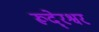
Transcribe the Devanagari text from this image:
रूदे्रश्वर